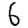
Digit: 6